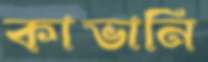
কাভানি